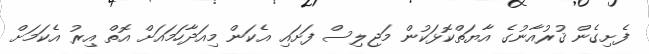
ފެށިގެން ޤުރުއާނުގެ އާޔަތްކޮޅަކުން މަޖިލިސް ފަށައި އެކަން މިއަދާހަމައަށް އޮތް އިރު އެކަމަށް